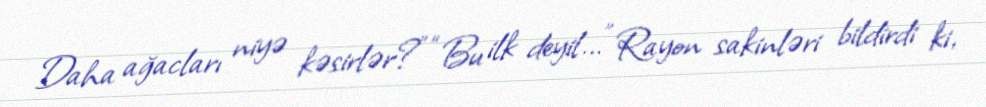
Daha ağacları niyə kəsirlər?” “Bu ilk deyil...” Rayon sakinləri bildirdi ki,